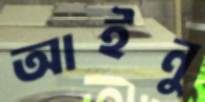
আইনু